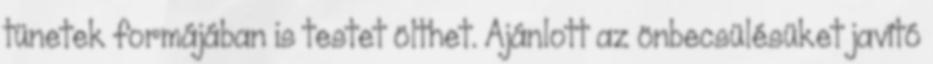
tünetek formájában is testet ölthet. Ajánlott az önbecsülésüket javító